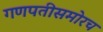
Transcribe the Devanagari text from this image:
गणपतीसमोरच